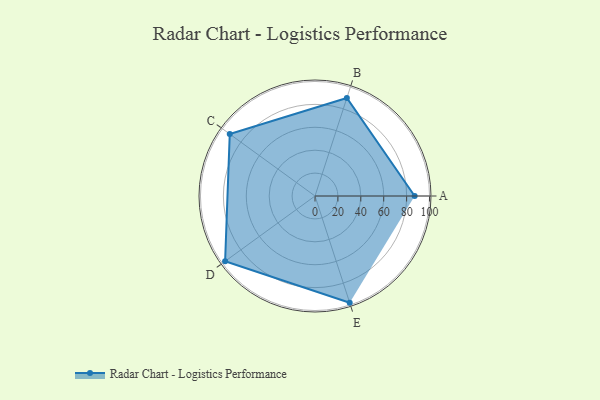
{"axis": {"x": "Skill", "y": "Score"}, "legend": ["Profile"], "data": [{"x": "A", "y": 87.0, "type": "Profile"}, {"x": "B", "y": 90.0, "type": "Profile"}, {"x": "C", "y": 92.0, "type": "Profile"}, {"x": "D", "y": 97.0, "type": "Profile"}, {"x": "E", "y": 98.0, "type": "Profile"}]}